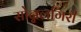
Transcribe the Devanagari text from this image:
सोन्नलगिरी